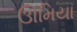
ઊમિયા